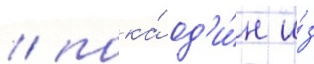
/ пока́ од'и́н и́з